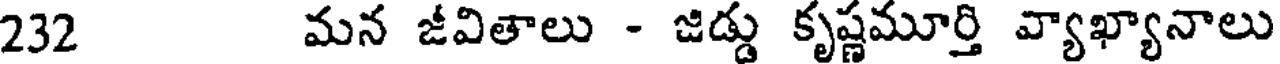
232 మన జీవితాలు - జిడ్డు కృష్ణమూర్తి వ్యాఖ్యానాలు